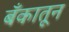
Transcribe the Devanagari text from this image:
बँकातून